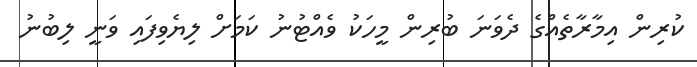
ކުރިން އިމާރާތެއްގެ ދެވަނަ ބުރިން މީހަކު ވެއްޓުނު ކަމަށް ލިޔެވިފައި ވަނީ ލިބުނު